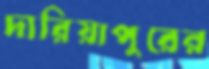
দারিয়াপুরের